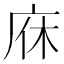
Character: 庥